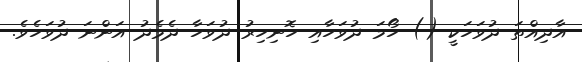
އާދިއްތަ ދުވަހަކީ () ހޯމަ ދުވަހާއި ހޮނިހިރު ދުވަހާ ދެމެދު އަންނަ ދުވަހެވެ.